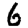
Digit: 6